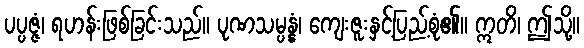
ပပ္ပဇ္ဇံ၊ ရဟန်းဖြစ်ခြင်းသည်။ ပုဏသမ္ပန္နံ၊ ကျေးဇူးနှင့်ပြည့်စုံ၏။ ဣတိ၊ ဤသို့။